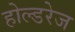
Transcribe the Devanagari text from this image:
होल्डरेज